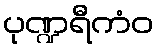
ပုဏ္ဍရီကံဝ